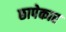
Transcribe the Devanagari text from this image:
छापेकार